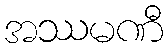
အဿမဏီ